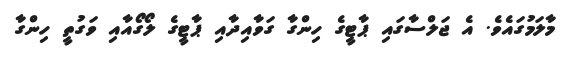
މާލަމުގައެވެ. އެ ޖަލްސާގައި ޕާޓީގެ ހިންގާ ގަވާއިދާއި ޕާޓީގެ ލޯގޯއާއި ވަގުތީ ހިންގާ